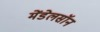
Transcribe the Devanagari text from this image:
मेंडेलसॉन